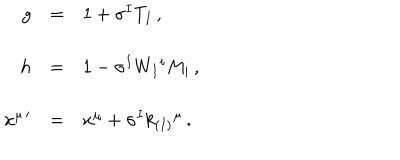
\begin{array} { r c l } { { g } } & { { = } } & { { 1 + \sigma ^ { I } T _ { I } \, , } } \\ { { } } & { { } } & { { } } \\ { { h } } & { { = } } & { { 1 - \sigma ^ { I } W _ { I } { } ^ { i } M _ { i } \, , } } \\ { { } } & { { } } & { { } } \\ { { x ^ { \mu \, \prime } } } & { { = } } & { { x ^ { \mu } + \sigma ^ { I } k _ { ( I ) } { } ^ { \mu } \, . } } \\ \end{array}